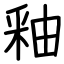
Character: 釉